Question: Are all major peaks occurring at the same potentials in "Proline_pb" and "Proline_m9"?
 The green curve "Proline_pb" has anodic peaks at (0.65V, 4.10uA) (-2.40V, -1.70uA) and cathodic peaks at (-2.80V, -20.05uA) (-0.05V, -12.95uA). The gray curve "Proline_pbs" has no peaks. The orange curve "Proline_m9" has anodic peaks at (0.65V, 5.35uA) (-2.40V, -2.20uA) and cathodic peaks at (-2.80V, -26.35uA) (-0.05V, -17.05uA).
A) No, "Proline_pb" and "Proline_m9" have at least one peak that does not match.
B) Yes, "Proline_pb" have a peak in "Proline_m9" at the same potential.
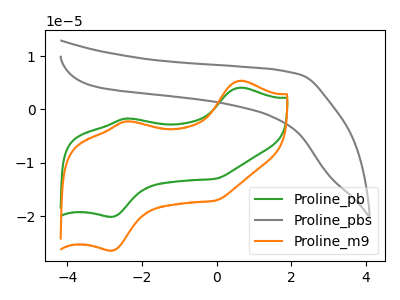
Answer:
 <answer>B) Yes, "Proline_pb" have a peak in "Proline_m9" at the same potential.</answer>
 <eval>B</eval>